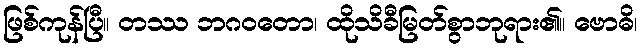
ဖြစ်ကုန်ပြီ။ တဿ ဘဂဝတော၊ ထိုသိခီမြတ်စွာဘုရား၏။ ဗောဓိ၊